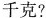
千克?